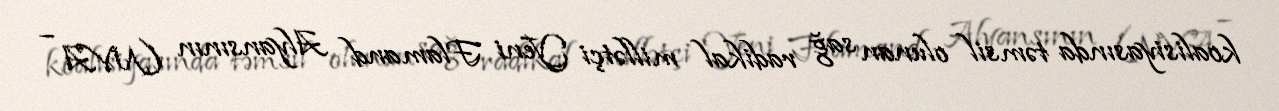
koalisiyasında təmsil olunan sağ radikal millətçi Yeni Flamand Alyansının (NVA –